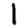
Digit: 1